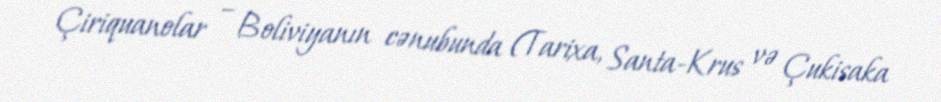
Çiriquanolar – Boliviyanın cənubunda (Tarixa, Santa-Krus və Çukisaka